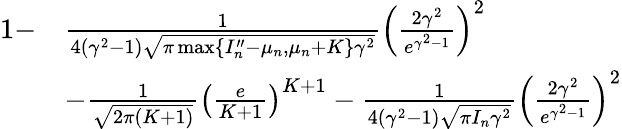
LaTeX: \begin{array}{rl}{1-}&{\frac{1}{4(\gamma^{2}-1)\sqrt{\pi\operatorname*{max}\{ I_{n}^{\prime\prime}-\mu_{n},\mu_{n}+K\} \gamma^{2}}}\left(\frac{2\gamma^{2}}{e^{\gamma^{2}-1}}\right)^{2}}\\ &{-\frac{1}{\sqrt{2\pi(K+1)}}\left(\frac{e}{K+1}\right)^{K+1}-\frac{1}{4(\gamma^{2}-1)\sqrt{\pi I_{n}\gamma^{2}}}\left(\frac{2\gamma^{2}}{e^{\gamma^{2}-1}}\right)^{2}}\end{array}